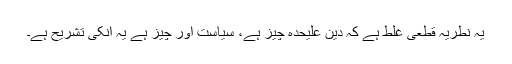
یہ نطریہ قطعی غلط ہے کہ دین علیحدہ چیز ہے، سیاست اور چیز ہے یہ انکی تشریح ہے۔